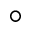
\scriptscriptstyle \circ